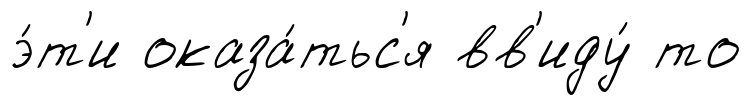
э́т'и оказа́тьс'я вв'иду́ то